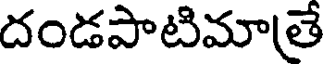
దండపాటిమాతే